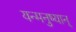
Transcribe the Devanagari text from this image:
यन्मनुष्यान्